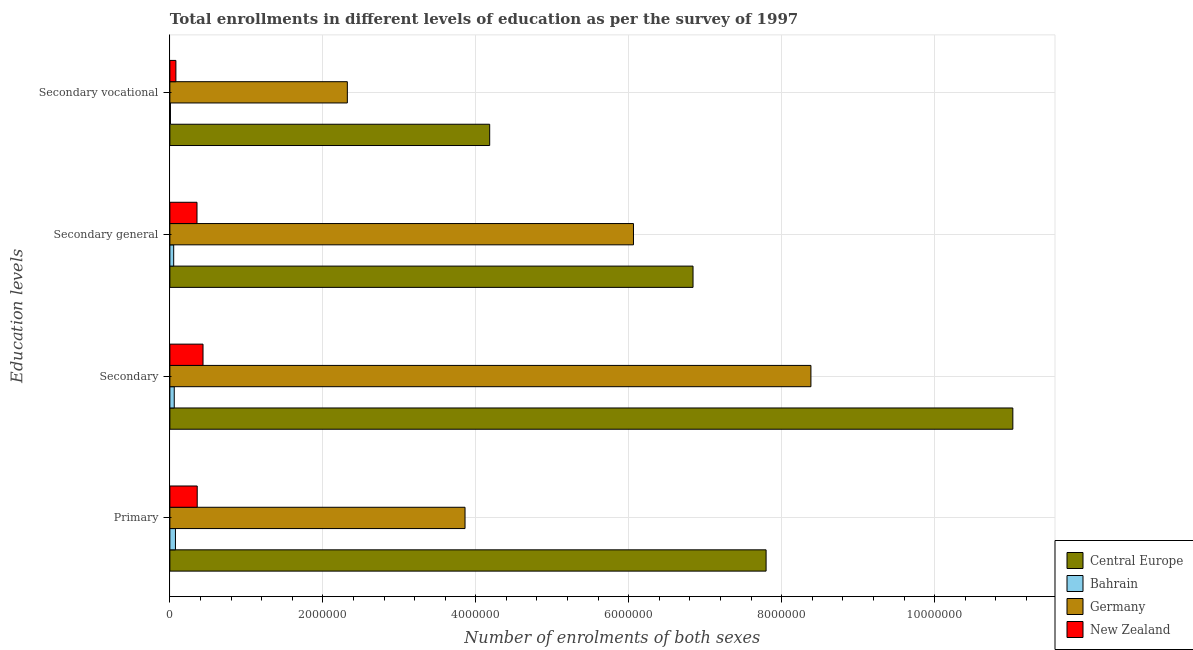
| Education levels | Central Europe | Bahrain | Germany | New Zealand |
 | --- | --- | --- | --- | --- |
 | Primary | 7.8e+06 | 7.29e+04 | 3.86e+06 | 3.58e+05 |
 | Secondary | 1.1e+07 | 5.72e+04 | 8.38e+06 | 4.33e+05 |
 | Secondary general | 6.84e+06 | 4.99e+04 | 6.06e+06 | 3.55e+05 |
 | Secondary vocational | 4.18e+06 | 7.29e+03 | 2.32e+06 | 7.86e+04 |